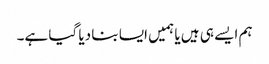
ہم ایسے ہی ہیں یا ہمیں ایسا بنا دیا گیا ہے۔